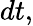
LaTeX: dt,